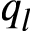
q _ { l }